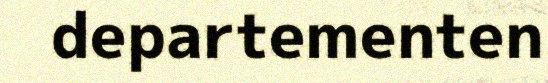
departementen